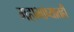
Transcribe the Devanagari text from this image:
महाभाष्यातही